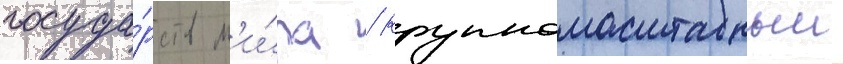
госуда́рств м'и́ра / крупномасштабныи